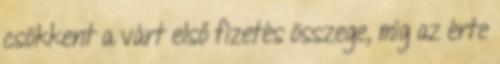
csökkent a várt első fizetés összege, míg az érte